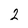
Character: 2